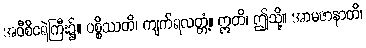
အဝီစိငရဲကြီး၌။ ပစ္စိဿတိ၊ ကျက်ရလတ္တံ့။ ဣတိ၊ ဤသို့။ အာမဇာနာတိ၊